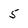
Character: 5